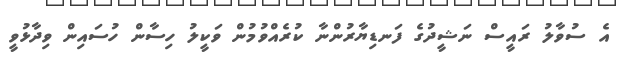
އެ ސުވާލު ރައީސް ނަޝީދުގެ ފަނޑިޔާރުންނާ ކުރެއްވުމުން ވަކީލު ހިސާން ހުސައިން ވިދާޅުވީ